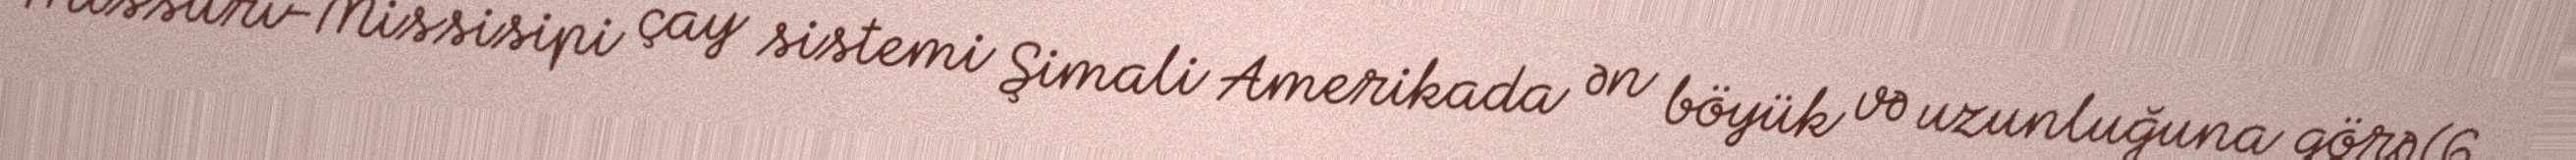
Missuri-Missisipi çay sistemi Şimali Amerikada ən böyük və uzunluğuna görə (6